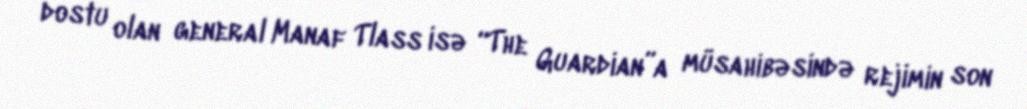
dostu olan general Manaf Tlass isə “The Guardian”a müsahibəsində rejimin son